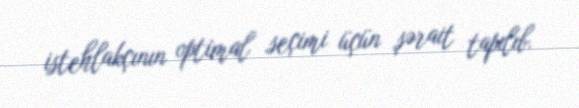
istehlakçının optimal seçimi üçün şərait tapılıb.